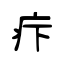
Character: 疜